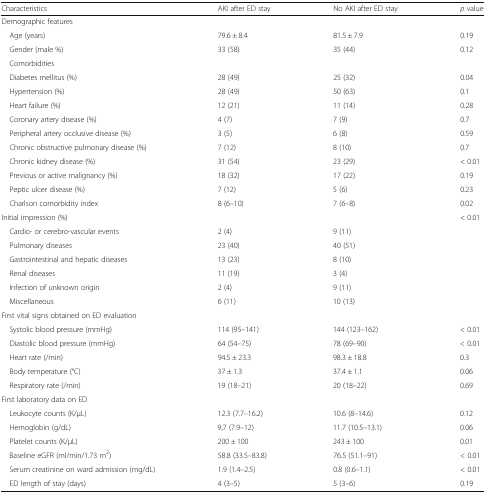
<table><thead><tr><td><b>Characteristics</b></td><td><b>AKI after ED stay</b></td><td><b>No AKI after ED stay</b></td><td><b><i>p</i> value</b></td></tr></thead><tbody><tr><td colspan="4">Demographic features</td></tr><tr><td> Age (years)</td><td>79.6 ± 8.4</td><td>81.5 ± 7.9</td><td>0.19</td></tr><tr><td> Gender (male %)</td><td>33 (58)</td><td>35 (44)</td><td>0.12</td></tr><tr><td colspan="4"> Comorbidities</td></tr><tr><td> Diabetes mellitus (%)</td><td>28 (49)</td><td>25 (32)</td><td>0.04</td></tr><tr><td> Hypertension (%)</td><td>28 (49)</td><td>50 (63)</td><td>0.1</td></tr><tr><td> Heart failure (%)</td><td>12 (21)</td><td>11 (14)</td><td>0.28</td></tr><tr><td> Coronary artery disease (%)</td><td>4 (7)</td><td>7 (9)</td><td>0.7</td></tr><tr><td> Peripheral artery occlusive disease (%)</td><td>3 (5)</td><td>6 (8)</td><td>0.59</td></tr><tr><td> Chronic obstructive pulmonary disease (%)</td><td>7 (12)</td><td>8 (10)</td><td>0.7</td></tr><tr><td> Chronic kidney disease (%)</td><td>31 (54)</td><td>23 (29)</td><td>&lt; 0.01</td></tr><tr><td> Previous or active malignancy (%)</td><td>18 (32)</td><td>17 (22)</td><td>0.19</td></tr><tr><td> Peptic ulcer disease (%)</td><td>7 (12)</td><td>5 (6)</td><td>0.23</td></tr><tr><td> Charlson comorbidity index</td><td>8 (6–10)</td><td>7 (6–8)</td><td>0.02</td></tr><tr><td>Initial impression (%)</td><td></td><td></td><td>&lt; 0.01</td></tr><tr><td> Cardio- or cerebro-vascular events</td><td>2 (4)</td><td>9 (11)</td><td></td></tr><tr><td> Pulmonary diseases</td><td>23 (40)</td><td>40 (51)</td><td></td></tr><tr><td> Gastrointestinal and hepatic diseases</td><td>13 (23)</td><td>8 (10)</td><td></td></tr><tr><td> Renal diseases</td><td>11 (19)</td><td>3 (4)</td><td></td></tr><tr><td> Infection of unknown origin</td><td>2 (4)</td><td>9 (11)</td><td></td></tr><tr><td> Miscellaneous</td><td>6 (11)</td><td>10 (13)</td><td></td></tr><tr><td colspan="4">First vital signs obtained on ED evaluation</td></tr><tr><td> Systolic blood pressure (mmHg)</td><td>114 (95–141)</td><td>144 (123–162)</td><td>&lt; 0.01</td></tr><tr><td> Diastolic blood pressure (mmHg)</td><td>64 (54–75)</td><td>78 (69–90)</td><td>&lt; 0.01</td></tr><tr><td> Heart rate (/min)</td><td>94.5 ± 23.3</td><td>98.3 ± 18.8</td><td>0.3</td></tr><tr><td> Body temperature (°C)</td><td>37 ± 1.3</td><td>37.4 ± 1.1</td><td>0.06</td></tr><tr><td> Respiratory rate (/min)</td><td>19 (18–21)</td><td>20 (18–22)</td><td>0.69</td></tr><tr><td colspan="4">First laboratory data on ED</td></tr><tr><td> Leukocyte counts (K/μL)</td><td>12.3 (7.7–16.2)</td><td>10.6 (8–14.6)</td><td>0.12</td></tr><tr><td> Hemoglobin (g/dL)</td><td>9,7 (7.9–12)</td><td>11.7 (10.5–13.1)</td><td>0.06</td></tr><tr><td> Platelet counts (K/μL)</td><td>200 ± 100</td><td>243 ± 100</td><td>0.01</td></tr><tr><td> Baseline eGFR (ml/min/1.73 m<sup>2</sup>)</td><td>58.8 (33.5–83.8)</td><td>76.5 (51.1–91)</td><td>&lt; 0.01</td></tr><tr><td> Serum creatinine on ward admission (mg/dL)</td><td>1.9 (1.4–2.5)</td><td>0.8 (0.6–1.1)</td><td>&lt; 0.01</td></tr><tr><td> ED length of stay (days)</td><td>4 (3–5)</td><td>5 (3–6)</td><td>0.19</td></tr></tbody></table>